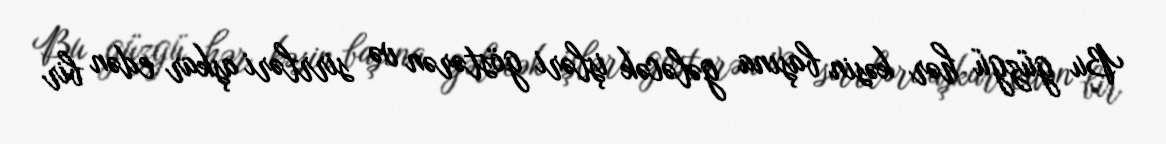
Bu güzgü hər kəsin başına gələcək işləri göstərən və sirrləri aşkar edən bir